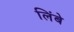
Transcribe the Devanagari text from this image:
लिंबे